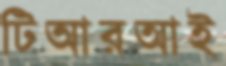
টিআরআই